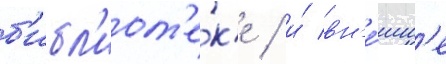
б'ибл'иот'е́к'е / и́ вн'е́шн'е